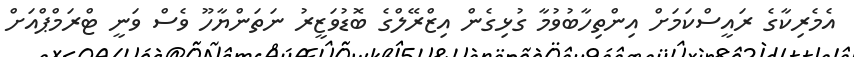
އެމެރިކާގެ ރައީސްކަމަށް އިންތިހާބުވުމާ ގުޅިގެން އިޒްރޭލްގެ ބޮޑުވަޒީރު ނަތަންޔާހޫ ވެސް ވަނީ ޓްރަމްޕްއަށް